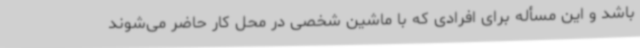
باشد و این مسأله برای افرادی که با ماشین شخصی در محل کار حاضر می‌شوند